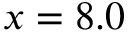
x = 8 . 0